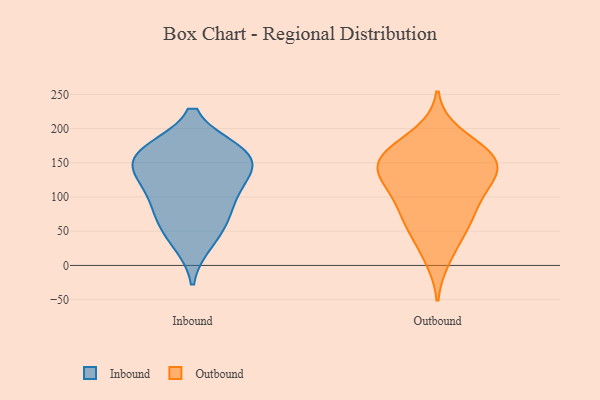
{"axis": {"x": "Inventory Turnover", "y": "Value"}, "legend": ["Inbound", "Outbound"], "data": [{"x": "", "y": 34, "type": "Inbound"}, {"x": "", "y": 81, "type": "Inbound"}, {"x": "", "y": 166, "type": "Inbound"}, {"x": "", "y": 87, "type": "Inbound"}, {"x": "", "y": 56, "type": "Inbound"}, {"x": "", "y": 138, "type": "Inbound"}, {"x": "", "y": 164, "type": "Inbound"}, {"x": "", "y": 160, "type": "Inbound"}, {"x": "", "y": 129, "type": "Inbound"}, {"x": "", "y": 167, "type": "Inbound"}, {"x": "", "y": 119, "type": "Inbound"}, {"x": "", "y": 143, "type": "Outbound"}, {"x": "", "y": 165, "type": "Outbound"}, {"x": "", "y": 129, "type": "Outbound"}, {"x": "", "y": 118, "type": "Outbound"}, {"x": "", "y": 11, "type": "Outbound"}, {"x": "", "y": 154, "type": "Outbound"}, {"x": "", "y": 104, "type": "Outbound"}, {"x": "", "y": 169, "type": "Outbound"}, {"x": "", "y": 64, "type": "Outbound"}, {"x": "", "y": 122, "type": "Outbound"}, {"x": "", "y": 76, "type": "Outbound"}, {"x": "", "y": 73, "type": "Outbound"}, {"x": "", "y": 154, "type": "Outbound"}, {"x": "", "y": 41, "type": "Outbound"}, {"x": "", "y": 192, "type": "Outbound"}, {"x": "", "y": 153, "type": "Outbound"}]}